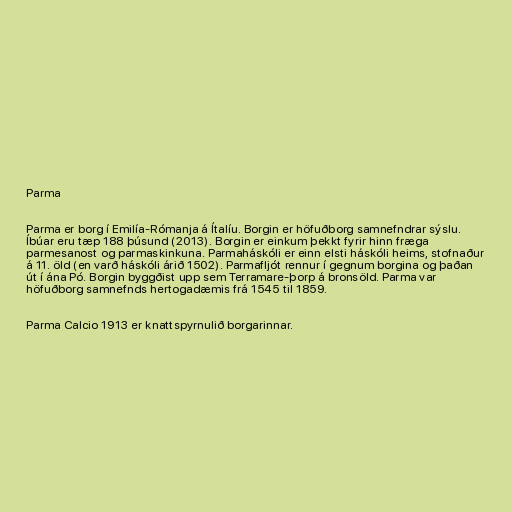
Parma

Parma er borg í Emilía-Rómanja á Ítalíu. Borgin er höfuðborg samnefndrar sýslu.
Íbúar eru tæp 188 þúsund (2013). Borgin er einkum þekkt fyrir hinn fræga
parmesanost og parmaskinkuna. Parmaháskóli er einn elsti háskóli heims, stofnaður
á 11. öld (en varð háskóli árið 1502). Parmafljót rennur í gegnum borgina og þaðan
út í ána Pó. Borgin byggðist upp sem Terramare-þorp á bronsöld. Parma var
höfuðborg samnefnds hertogadæmis frá 1545 til 1859.

Parma Calcio 1913 er knattspyrnulið borgarinnar.